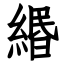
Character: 緡